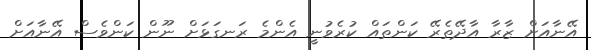
އޭނާއަށް ޒާރާ އާދޭތެރޭ ކަންތައް ކުރެވުނީ އެންމެ ރަނގަޅަށް ނޫން ކަންވެސް އޭނާއަށް